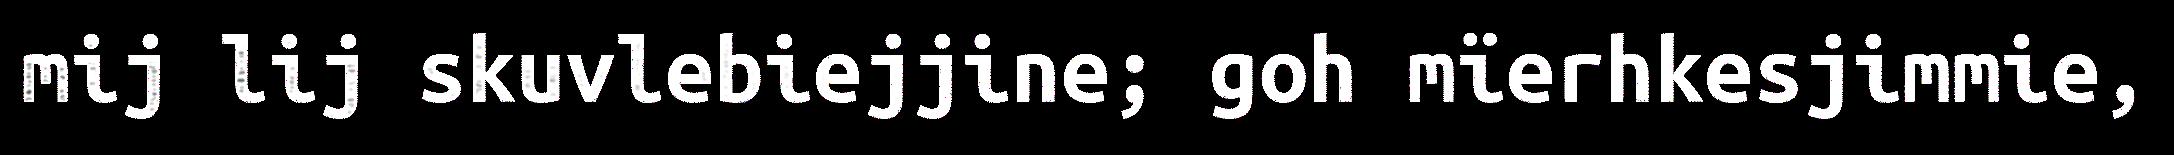
mij lij skuvlebiejjine; goh mïerhkesjimmie,